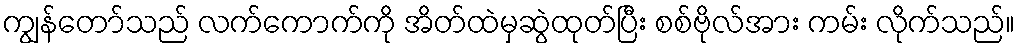
ကျွန်တော်သည် လက်ကောက်ကို အိတ်ထဲမှဆွဲထုတ်ပြီး စစ်ဗိုလ်အား ကမ်း လိုက်သည်။